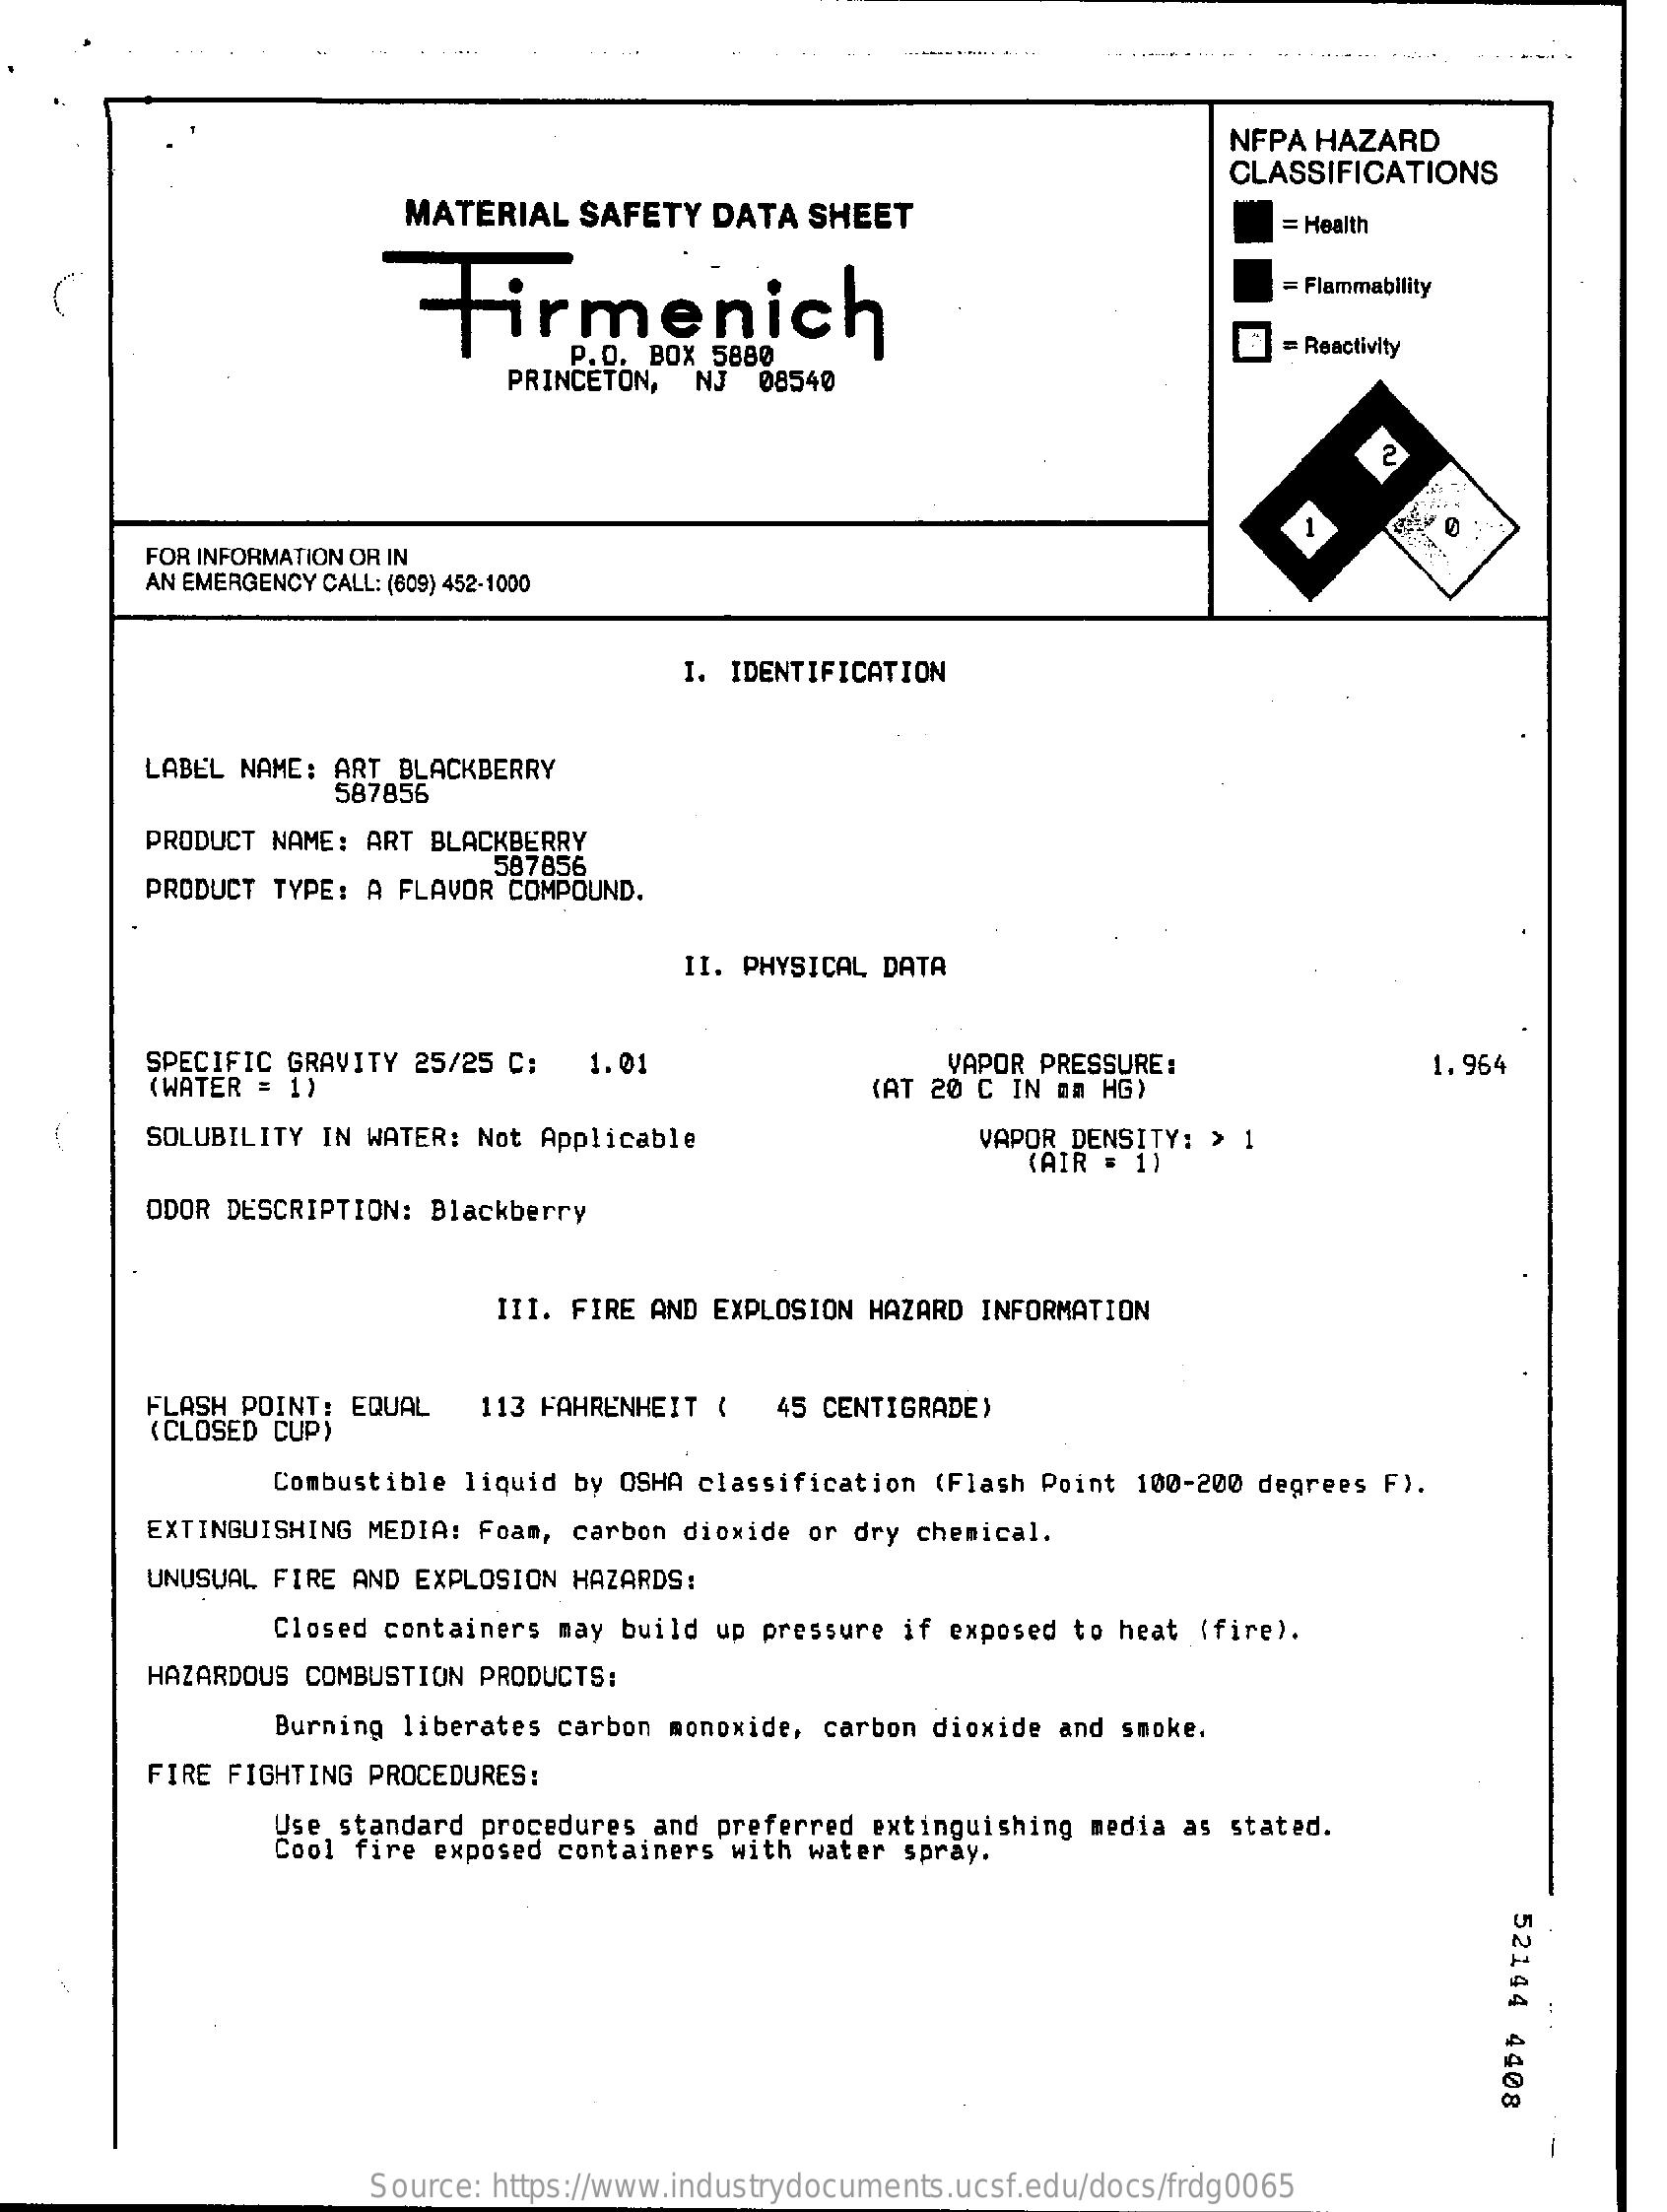
NFPA HAZARD
     CLASSIFICATIONS
     MATERIAL  SAFETY DATA SHEET    = Health
     Firmenich
     = Flammability
     P.O. BOX 5880    = Reactivity
     PRINCETON, NJ 08540
     2
     1
     FOR INFORMATION OR IN
     AN EMERGENCY CALL: (609) 452-1000
     I. IDENTIFICATION
     LABEL NAME: ART BLACKBERRY
     587856
     PRODUCT NAME: ART BLACKBERRY
     587856
     PRODUCT TYPE: A FLAVOR COMPOUND.
     II. PHYSICAL DATA
     SPECIFIC GRAVITY 25/25 C: 1.01    VAPOR PRESSURE:
     (WATER = 1)    (AT 20 C IN mm HG)
     1.964
     SOLUBILITY IN WATER: Not Applicable    VAPOR DENSITY: > 1
     (AIR = 1)
     ODOR DESCRIPTION: Blackberry
     III. FIRE AND EXPLOSION HAZARD INFORMATION
     FLASH POINT: EQUAL
     (CLOSED CUP)
     113 FAHRENHEIT ( 45 CENTIGRADE)
     Combustible liquid by OSHA classification (Flash Point 100-200 degrees F).
     EXTINGUISHING MEDIA: Foam, carbon dioxide or dry chemical.
     UNUSUAL FIRE AND EXPLOSION HAZARDS:
     Closed containers may build up pressure if exposed to heat (fire).
     HAZARDOUS COMBUSTION PRODUCTS:
     Burning liberates carbon monoxide, carbon dioxide and smoke.
     FIRE FIGHTING PROCEDURES:
     Use standard procedures and preferred extinguishing media as stated.
     Cool fire exposed containers with water spray.
     52144
     4408
     A
     A
     ..
     .
     Source: https://www.industrydocuments.ucsf.edu/docs/frdg0065